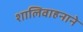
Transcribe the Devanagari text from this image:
शालिवाहनाने